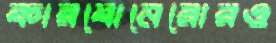
কারবোনেরোরও